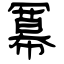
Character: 冪